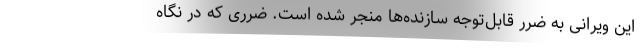
این ویرانی به ضرر قابل‌توجه سازنده‌ها منجر شده است. ضرری که در نگاه